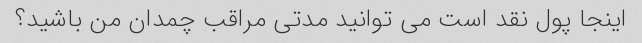
اینجا پول نقد است می توانید مدتی مراقب چمدان من باشید؟